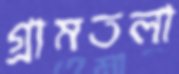
গ্রামতলা